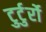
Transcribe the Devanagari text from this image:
टुर्टुर्रो